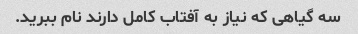
سه گیاهی که نیاز به آفتاب کامل دارند نام ببرید.